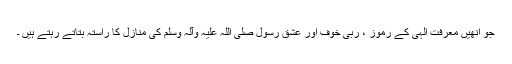
جو انھیں معرفت الہی کے رموز ، ربی خوف اور عشق رسول صلی اللہ علیہ وآلہ وسلم کی منازل کا راستہ بتاتے رہتے ہیں ۔